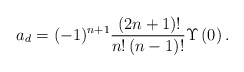
\begin{align*}{a_{d}}=(-1)^{n+1}\frac{\,(2n+1)!}{{n}!\left( n-1\right) !}\Upsilon \left(0\right) .\end{align*}